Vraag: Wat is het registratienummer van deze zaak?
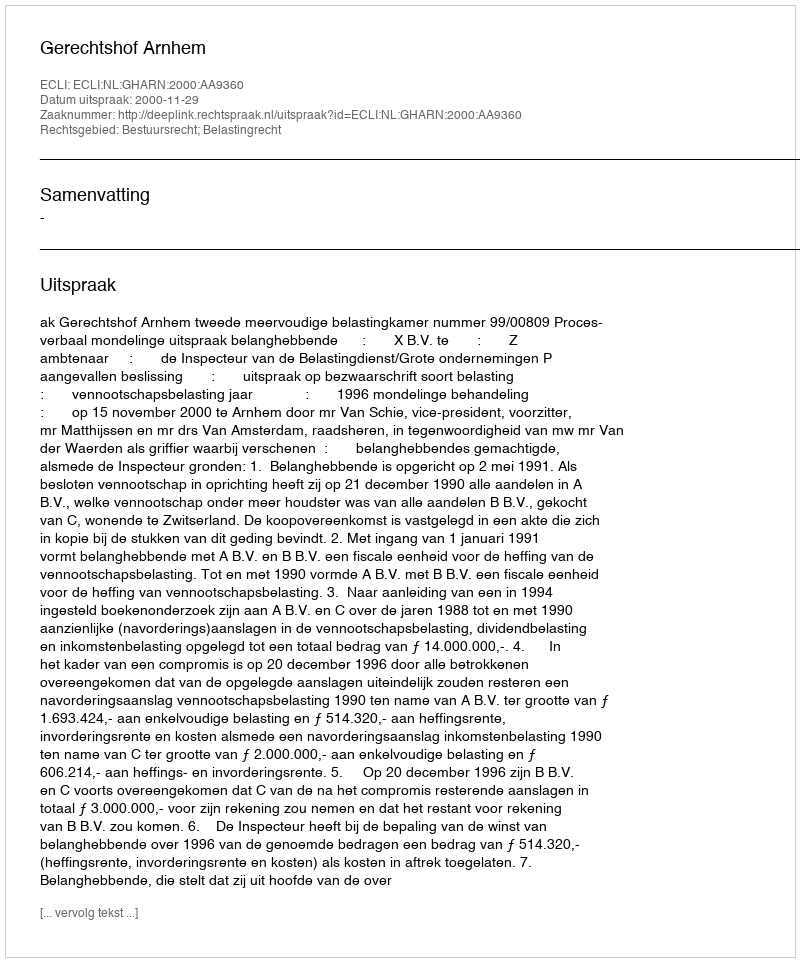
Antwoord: http://deeplink.rechtspraak.nl/uitspraak?id=ECLI:NL:GHARN:2000:AA9360